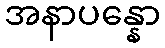
အနာပန္နော